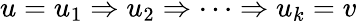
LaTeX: u=u_{1}\Rightarrow u_{2}\Rightarrow\cdots\Rightarrow u_{k}=v